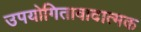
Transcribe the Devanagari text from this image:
उपयोगितावादात्मक